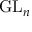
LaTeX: \operatorname { G L } _ { n }